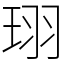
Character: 珝